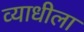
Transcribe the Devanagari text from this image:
व्याधीला